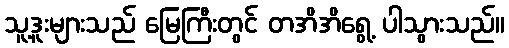
သူ့ဒူးများသည် မြေကြီးတွင် တအိအိရွေ့ ပါသွားသည်။